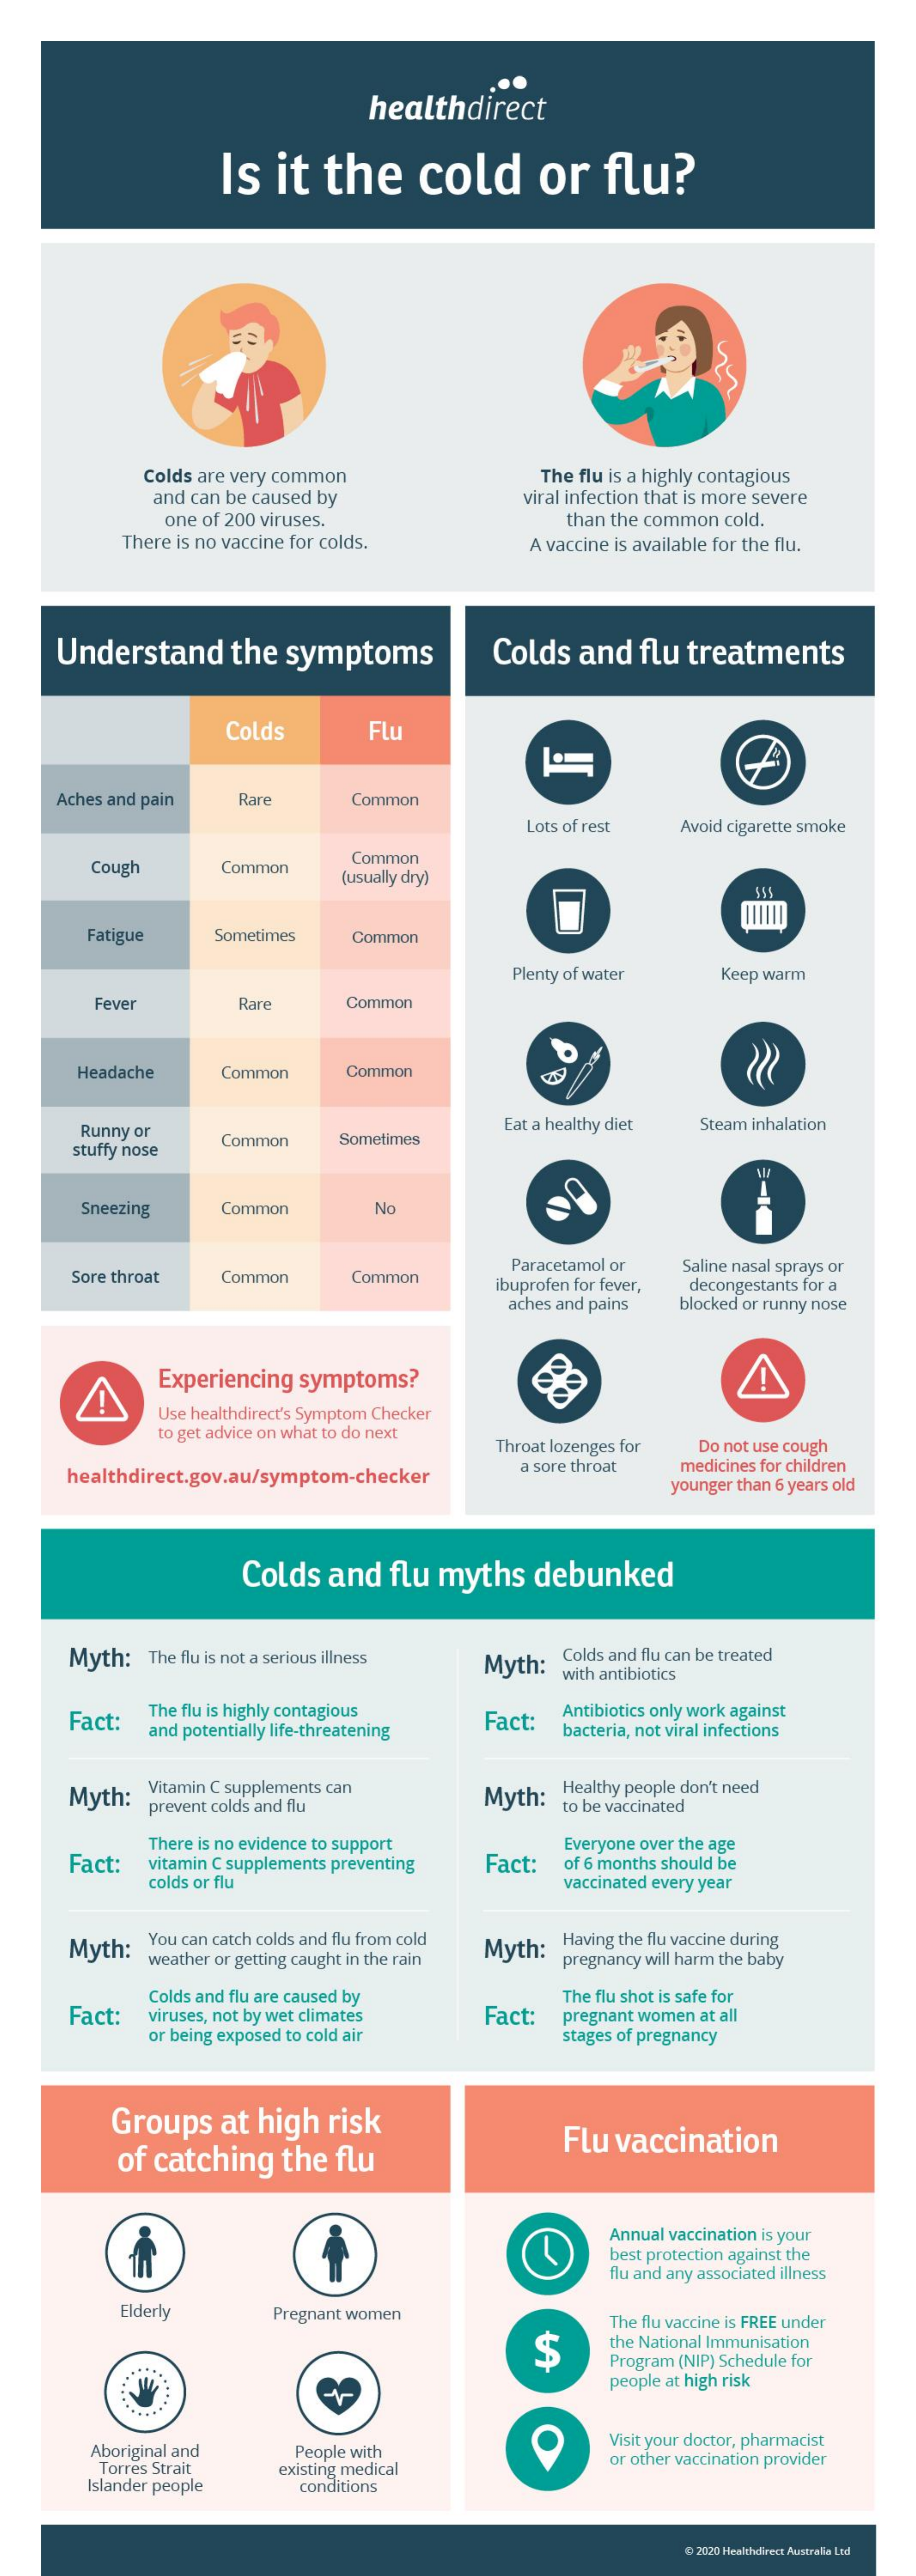
healthdirect
     Is  it  the    cold    or    flu?
     Colds are very common    The flu is a highly contagious
     and can be caused by    viral infection that is more severe
     one of 200 viruses.    than the common cold.
     There is no vaccine for colds.    A vaccine is available for the flu.
     Understand    the  symptoms    Colds  and  flu treatments
     Colds    Flu
     Aches and pain Rare    Common
     Lots of rest Avoid cigarette smoke
     Cough    Common
     Common
     (usually dry)
     Fatigue   Sometimes   Common
     Plenty of water   Keep warm
     Fever    Rare    Common
     Headache    Common    Common
     Runny or
     Common    Sometimes
     Eat a healthy diet Steam inhalation
     stuffy nose
     Sneezing    Common    No
     Sore throat  Common    Common
     Paracetamol or Saline nasal sprays or
     ibuprofen for fever, decongestants for a
     aches and pains blocked or runny nose
     A
     Experiencing symptoms?
     Use healthdirect's Symptom Checker
     to get advice on what to do next
     Throat lozenges for Do not use cough
     healthdirect.gov.au/symptom-checker
     a sore throat medicines for children
     younger than 6 years old
     Colds  and  flu myths   debunked
     Myth:  The flu is not a serious illness Myth: Colds and flu can be treated
     with antibiotics
     Fact:  The flu is highly contagious
     and potentially life-threatening
     Fact:  Antibiotics only work against
     bacteria, not viral infections
     Myth:  Vitamin C supplements can    Healthy people don't need
     prevent colds and flu
     Myth:
     to be vaccinated
     Fact:
     There is no evidence to support    Everyone over the age
     vitamin C supplements preventing Fact: of 6 months should be
     colds or flu    vaccinated every year
     Myth:  You can catch colds and flu from cold Having the flu vaccine during
     weather or getting caught in the rain
     Myth:
     pregnancy will harm the baby
     Fact:
     Colds and flu are caused by
     viruses, not by wet climates Fact:
     The flu shot is safe for
     or being exposed to cold air
     pregnant women at all
     stages of pregnancy
     Groups  at  high  risk
     of catching   the flu
     Flu vaccination
     Annual vaccination is your
     best protection against the
     lu and any associated illness
     Elderly    Pregnant women    The flu vaccine is FREE under
     $    the National Immunisation
     Program (NIP) Schedule for
     people at high risk
     Aboriginal and   People with
     Visit your doctor, pharmacist
     Torres Strait  existing medical
     or other vaccination provider
     Islander people   conditions
     0 2020 Healthdirect Australia Ltd